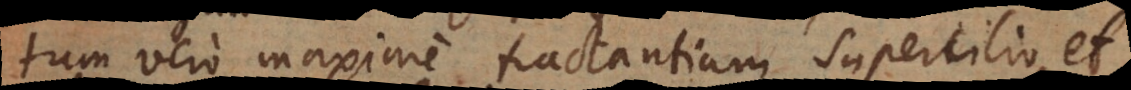
tum vero maxime tractantium supercilio, et